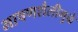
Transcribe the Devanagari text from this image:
भाषणशैलीमुळे